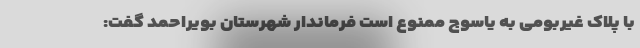
با پلاک غیربومی به یاسوج ممنوع است فرماندار شهرستان بویراحمد گفت: